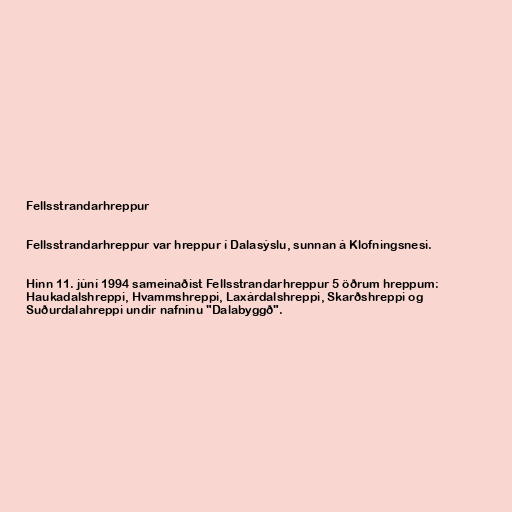
Fellsstrandarhreppur

Fellsstrandarhreppur var hreppur í Dalasýslu, sunnan á Klofningsnesi.

Hinn 11. júní 1994 sameinaðist Fellsstrandarhreppur 5 öðrum hreppum:
Haukadalshreppi, Hvammshreppi, Laxárdalshreppi, Skarðshreppi og
Suðurdalahreppi undir nafninu "Dalabyggð".